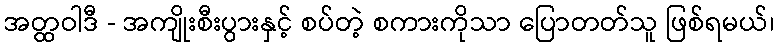
အတ္ထဝါဒီ - အကျိုးစီးပွားနှင့် စပ်တဲ့ စကားကိုသာ ပြောတတ်သူ ဖြစ်ရမယ်၊